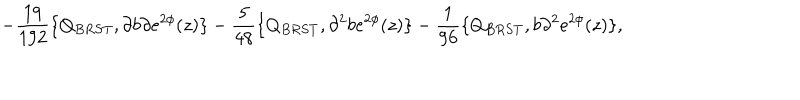
- \frac { 1 9 } { 1 9 2 } \{ Q _ { B R S T } , \partial b \partial e ^ { 2 \phi } ( z ) \} - \frac { 5 } { 4 8 } \{ Q _ { B R S T } , \partial ^ { 2 } b e ^ { 2 \phi } ( z ) \} - \frac { 1 } { 9 6 } \{ Q _ { B R S T } , b \partial ^ { 2 } e ^ { 2 \phi } ( z ) \} ,